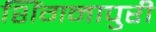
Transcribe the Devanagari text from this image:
शिंगनापुरी